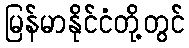
မြန်မာနိုင်ငံတို့တွင်